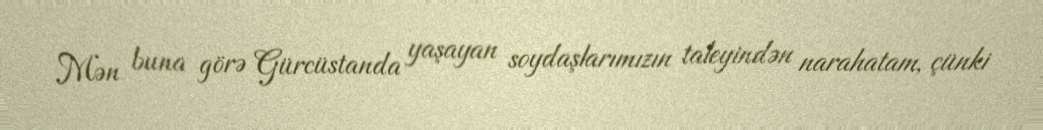
Mən buna görə Gürcüstanda yaşayan soydaşlarımızın taleyindən narahatam, çünki